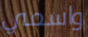
واسمي